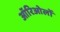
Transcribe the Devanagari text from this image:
ऑरिओलों